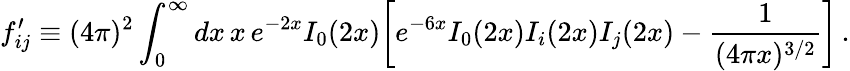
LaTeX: f_{ij}^{\prime}\equiv(4\pi)^{2}\int_{0}^{\infty}dx\, x\, e^{-2x}I_{0}(2x)\biggl[e^{-6x}I_{0}(2x)I_{i}(2x)I_{j}(2x)-{\frac{1}{(4\pi x)^{3/2}}}\biggr]\, .